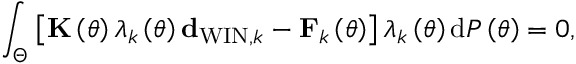
\int _ { \Theta } \left[ { \bf K } \left( \theta \right) \lambda _ { k } \left( \theta \right) { \bf d } _ { \mathrm { W I N } , k } - { \bf F } _ { k } \left( \theta \right) \right] \lambda _ { k } \left( \theta \right) \mathrm { d } { \cal P } \left( \theta \right) = 0 ,